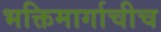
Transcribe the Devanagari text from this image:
भक्तिमार्गाचीच